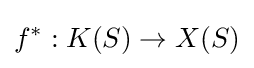
f^{*}:K(S)\to X(S)